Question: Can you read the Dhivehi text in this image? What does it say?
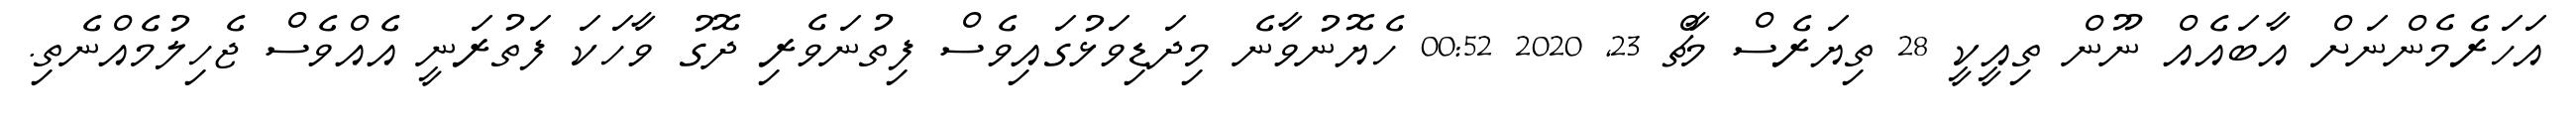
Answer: އަހަރެމެންނަށް އާބައެއް ނޫން ތިއީކީ 28 ތިޔަރެސް މާޗް 23, 2020 00:52 ހެޔޮނުވާނެ މިދަޑިވަޅުގައިވެސް ފިތުނަވެރި ދޮގު ވާހަކަ ފަތުރަނީ އެއްވެސް ޖެހިލުމެއްނެތި.